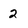
Character: 2